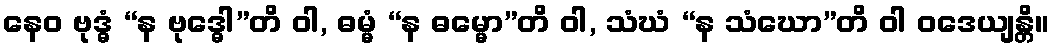
နေဝ ဗုဒ္ဓံ “န ဗုဒ္ဓေါ”တိ ဝါ, ဓမ္မံ “န ဓမ္မော”တိ ဝါ, သံဃံ “န သံဃော”တိ ဝါ ဝဒေယျန္တိ။